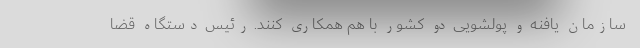
سازمان یافنه و پولشویی دو کشور با هم همکاری کنند. رئیس دستگاه قضا